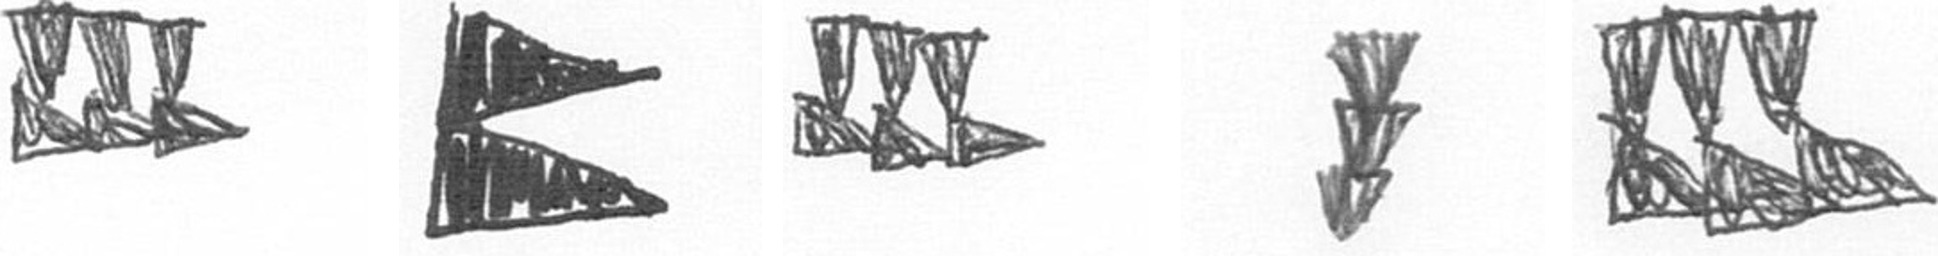
D P D E D